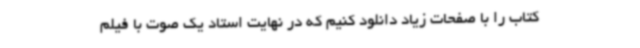
کتاب را با صفحات زیاد دانلود کنیم که در نهایت استاد یک صوت با فیلم